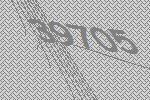
39705